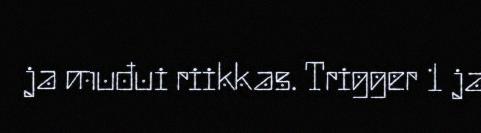
ja muđui riikkas. Trigger 1 ja